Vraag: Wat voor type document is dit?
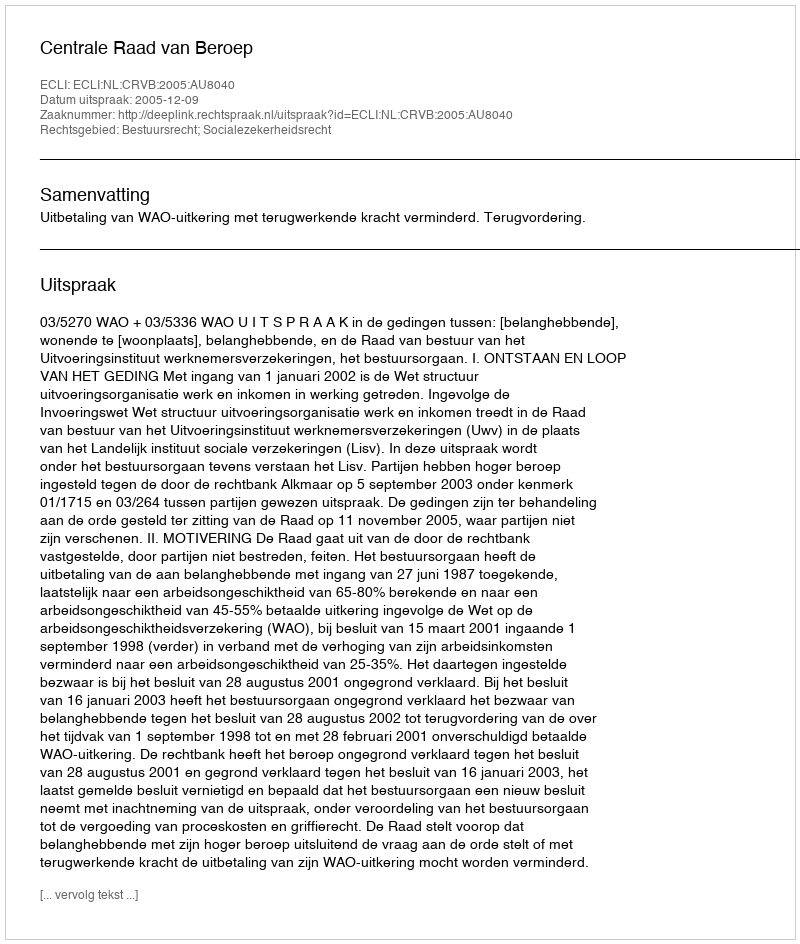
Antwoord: Uitspraak